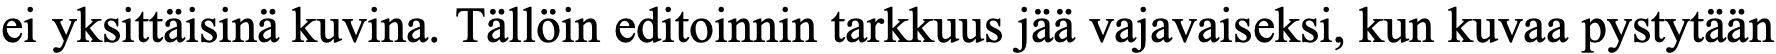
ei yksittäisinä kuvina. Tällöin editoinnin tarkkuus jää vajavaiseksi, kun kuvaa pystytään